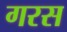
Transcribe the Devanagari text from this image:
गरस